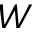
\boldsymbol { W }